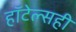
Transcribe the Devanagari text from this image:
हॉटेल्सही